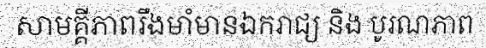
សាមគ្គីភាពរឹងមាំមានឯករាជ្យ និង បូរណភាព